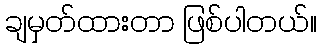
ချမှတ်ထားတာ ဖြစ်ပါတယ်။